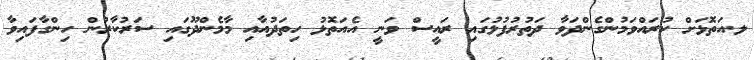
ލ.އަތޮޅަށް ކުރައްވަމުންގެންދަވާ ދަތުރުފުޅުގައި ރައީސް ވަނީ އެއަތޮޅު ހިތަދުއާއި މާމެންދޫގައި ސަރުކާރުން ހިންގާފައިވާ